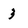
Character: 3